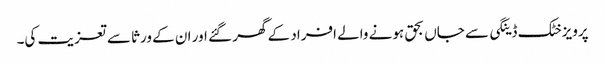
پرویزخٹک ڈینگی سے جاں بحق ہونے والے افراد کے گھر گئے اور ان کے ورثا سے تعزیت کی۔